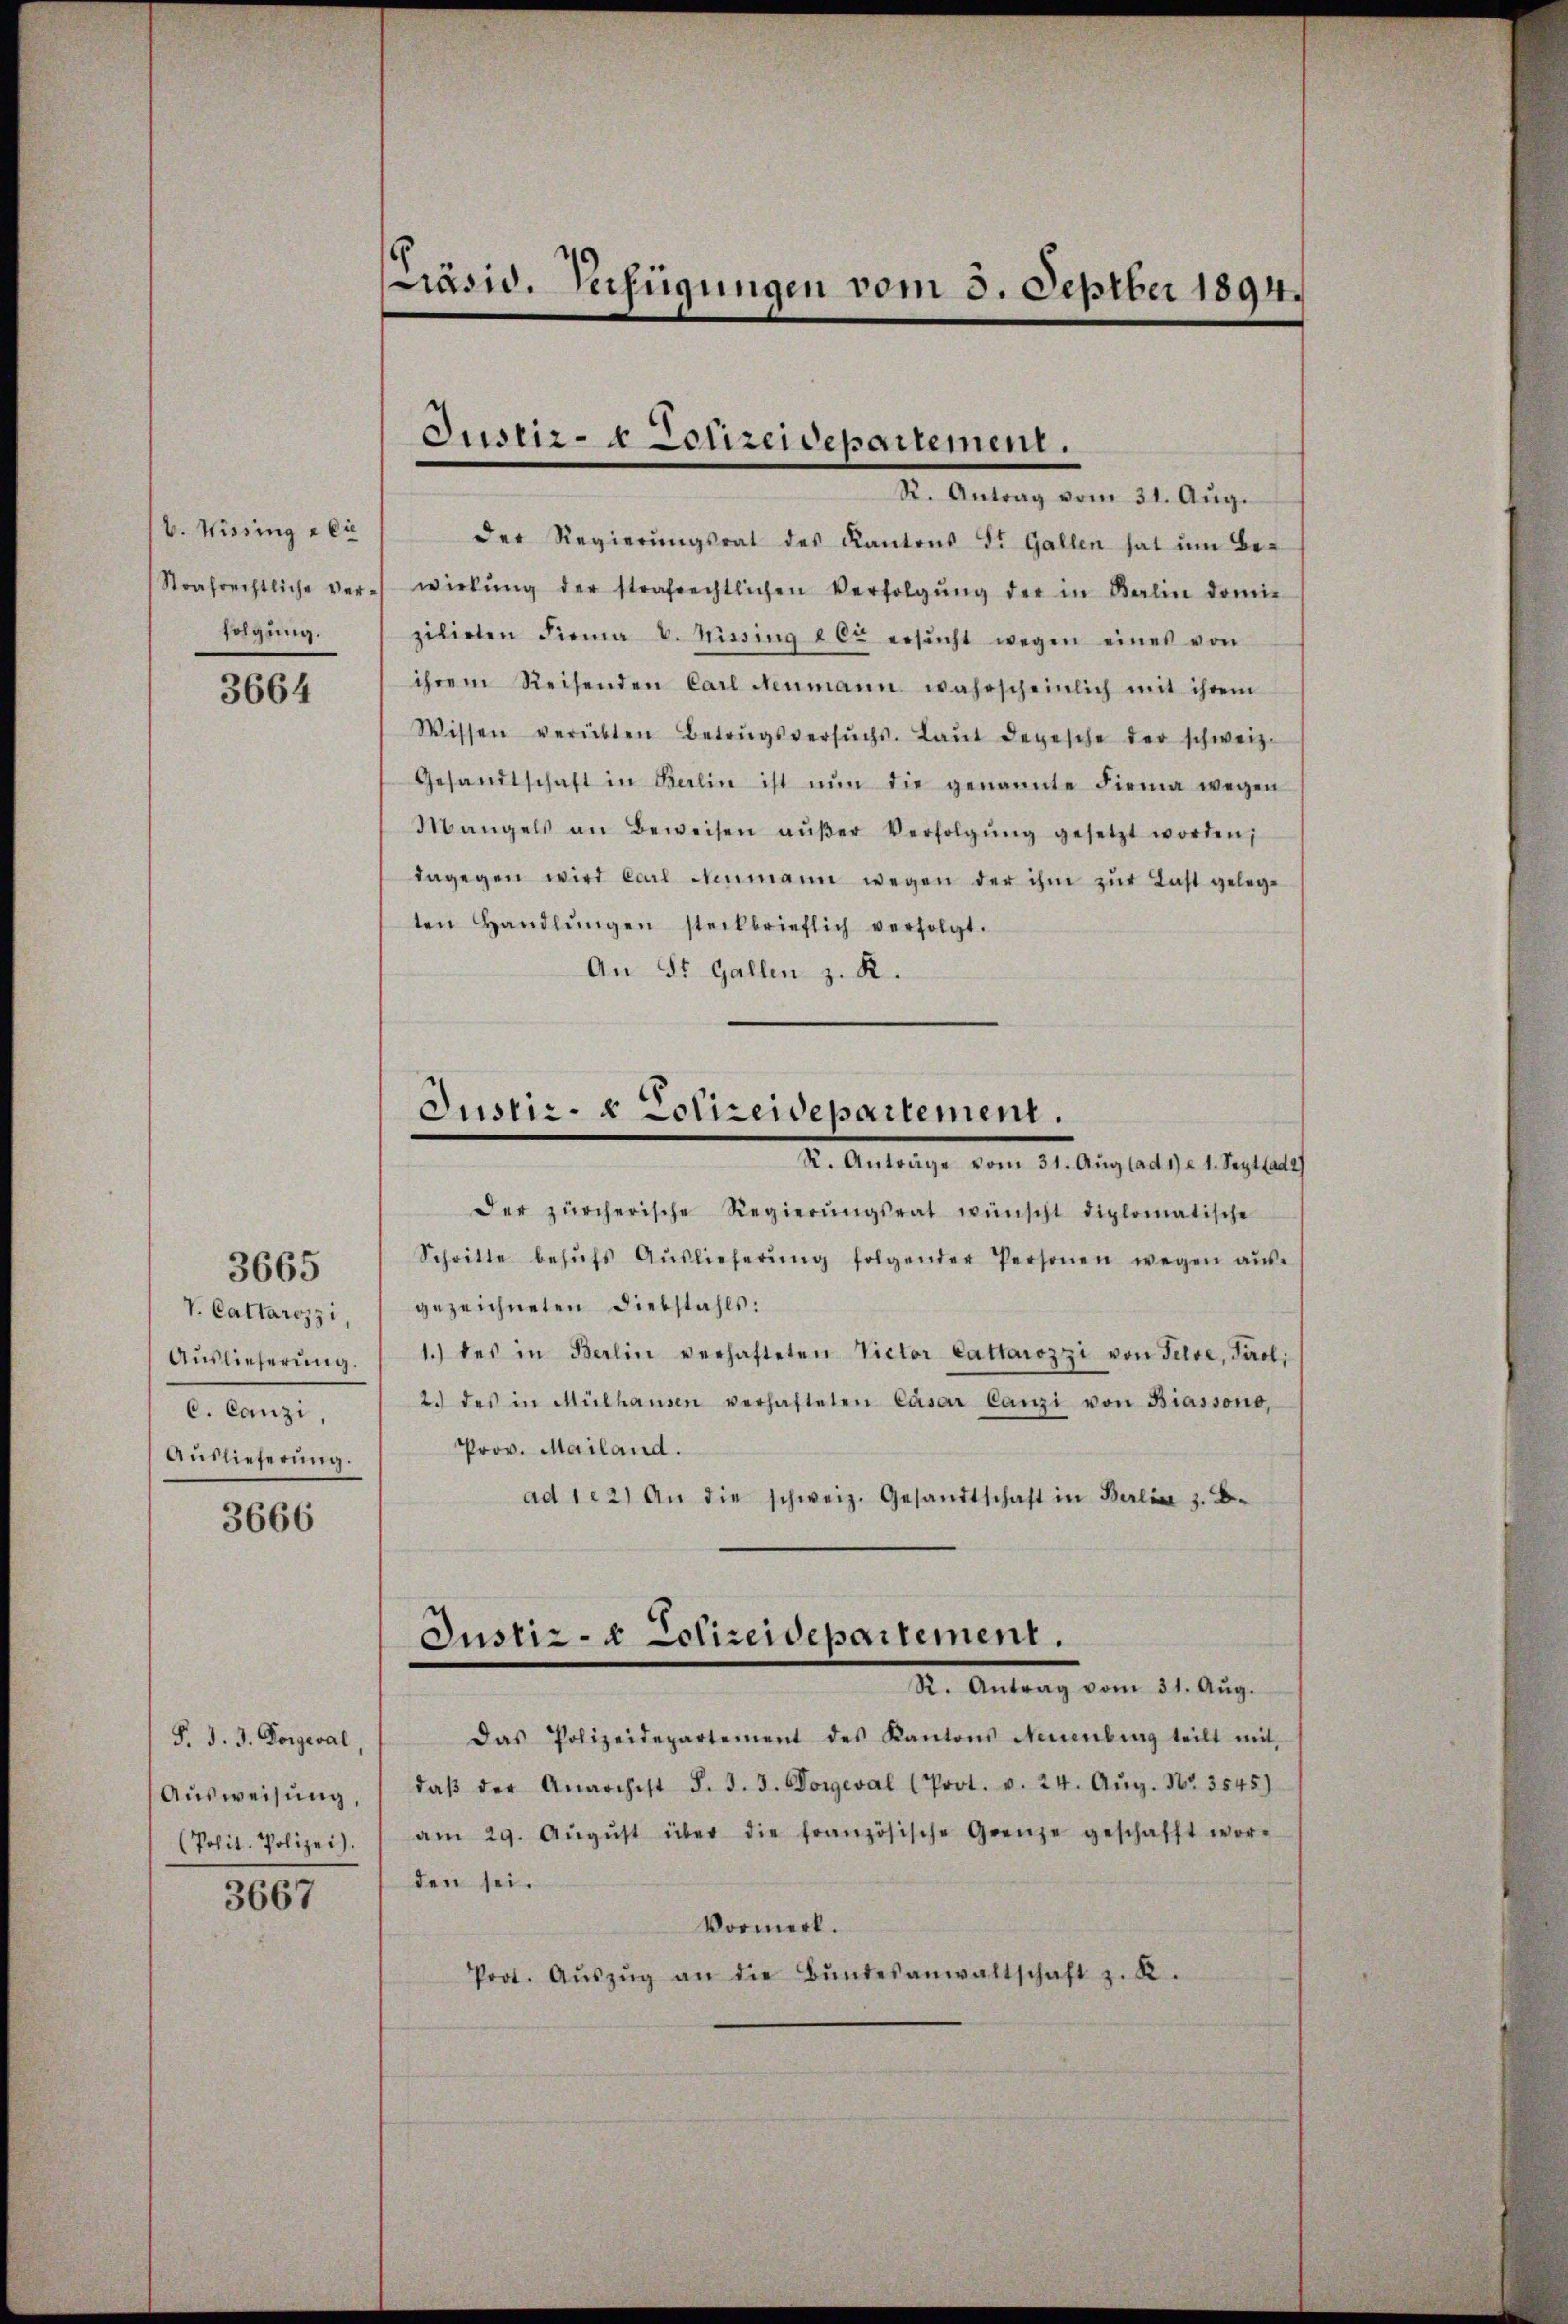
V. Wissing a lie
Strafrechtliche Verfolgung.

3664

V. Cattarozzi,
Auslieferung.
C. Canzi,
Auslieferŭng.

3665

3666

F. J. J. Vorgeval.
Ausweisung,
(Polit. Polizei.

3667

Präsid. Verfügungen vom 3. Septber 1894.

Justiz- & Polizeidepartement.
R. Antrag vom 31. Aŭg.

Justiz- & Polizeidepartement.
I. Antrage vom 21. Aug. ad 1. 149. 121.

der Regierŭngsrat des Kantons St. Gallen hat ŭm Be-
wiekŭng der strafrechtlichen Verfolgŭng der in Balin domi
zilirten Firma v. Missing der ersŭcht wegen eines von
ihrem Reisenden Carl Neumann wahrscheinlich mit ihrem
Wissen verübten Betragsversŭchs-Laŭt depesche der schweiz.
Gesandtschaft in Berlin ist nŭn die genannte Firma wegen
Mangels an Beweisen aŭβer Verfolgŭng gesetzt worden;
dagegen wird Carl Neumann wegen der ihm zŭr Last gelege
ten Handlŭngen steckbrieflich verfolgt.
An St. Gallen z. R.
Der zürcherische Regierŭngsrat wünscht diplomatische
Schritte behŭfs Aŭslieferŭng folgender Personen wegen aŭs-
gezeichneten Diebstahls:
1.) des in Berlin verhafteten Victor Cattaiozzi von Felde, Tirol,
2. des in Mülhausen verhafteten Cäsar Canzi von Biassono,
Prov. Mailand.
ad 1. 2) An die schweiz. Gesandtschaft in Berlin z. B.
Justiz- & Polizeidepartement.
R. Antrag vom 31. Aŭg.
Das Polizeidepartement des Kantons Neuenburg teilt mit
daβ der Anarchist d. J. J. Doreval (Prot. v. 24. Aŭg. Nr. 3545)
am 29. Aŭgŭst über die französische Grenze geschafft wor-
den sei.
Vormerk.
Prot. Aŭszŭg an die Bŭndesanwaltschaft z. K.